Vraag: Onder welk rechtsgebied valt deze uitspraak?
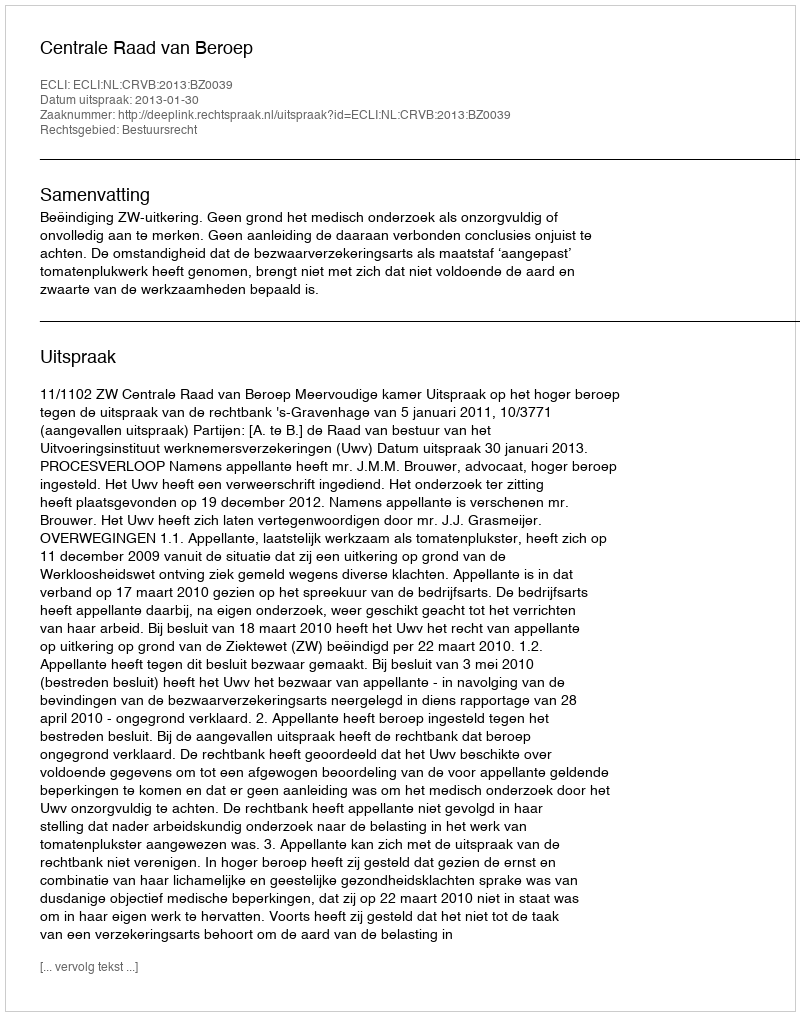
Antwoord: Bestuursrecht